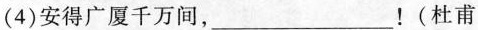
(4)安得广厦千万间，___！(杜甫